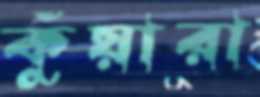
কুঁয়ারা